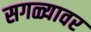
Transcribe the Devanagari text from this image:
सगळ्यावर